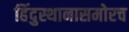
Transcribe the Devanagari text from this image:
हिंदुस्थानासमोरच